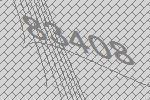
83408